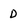
Character: D